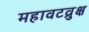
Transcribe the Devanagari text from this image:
महावटव्रुक्ष